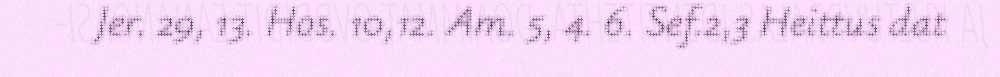
Jer. 29, 13. Hos. 10,12. Am. 5, 4. 6. Sef.2,3 Heittus dat